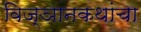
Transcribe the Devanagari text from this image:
विज्ञानकथांचा